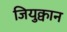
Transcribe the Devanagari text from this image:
जियुक्वान